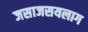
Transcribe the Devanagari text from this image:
जसाजसयलाग